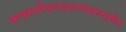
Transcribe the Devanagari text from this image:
ब्रम्हात्मैक्यज्ञानोत्पात्तीत